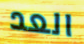
العد